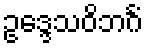
ဥဒ္ဒေသဝိဘင်္ဂံ